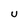
Character: U